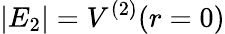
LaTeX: |E_{2}|=V^{(2)}(r=0)